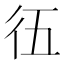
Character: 鿉